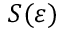
S ( \varepsilon )